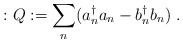
\begin{align*}:Q:=\sum_n(a_n^{\dagger}a_n-b_n^{\dagger}b_n)\;.\end{align*}